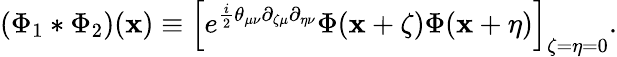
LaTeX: \left(\Phi_{1}*\Phi_{2}\right)(\mathbf{x})\equiv\left[e^{\frac{{i}}{{2}}\theta_{\mu\nu}\partial_{\zeta\mu}\partial_{\eta\nu}}\Phi(\mathbf{x}+\zeta)\Phi(\mathbf{x}+\eta)\right]_{\zeta=\eta=0}.